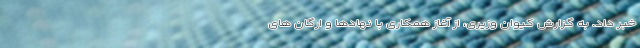
خبر داد. به گزارش کیوان وزیری، از آغاز همکاری با نهادها و ارگان های